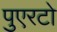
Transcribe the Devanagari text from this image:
पुएरटो